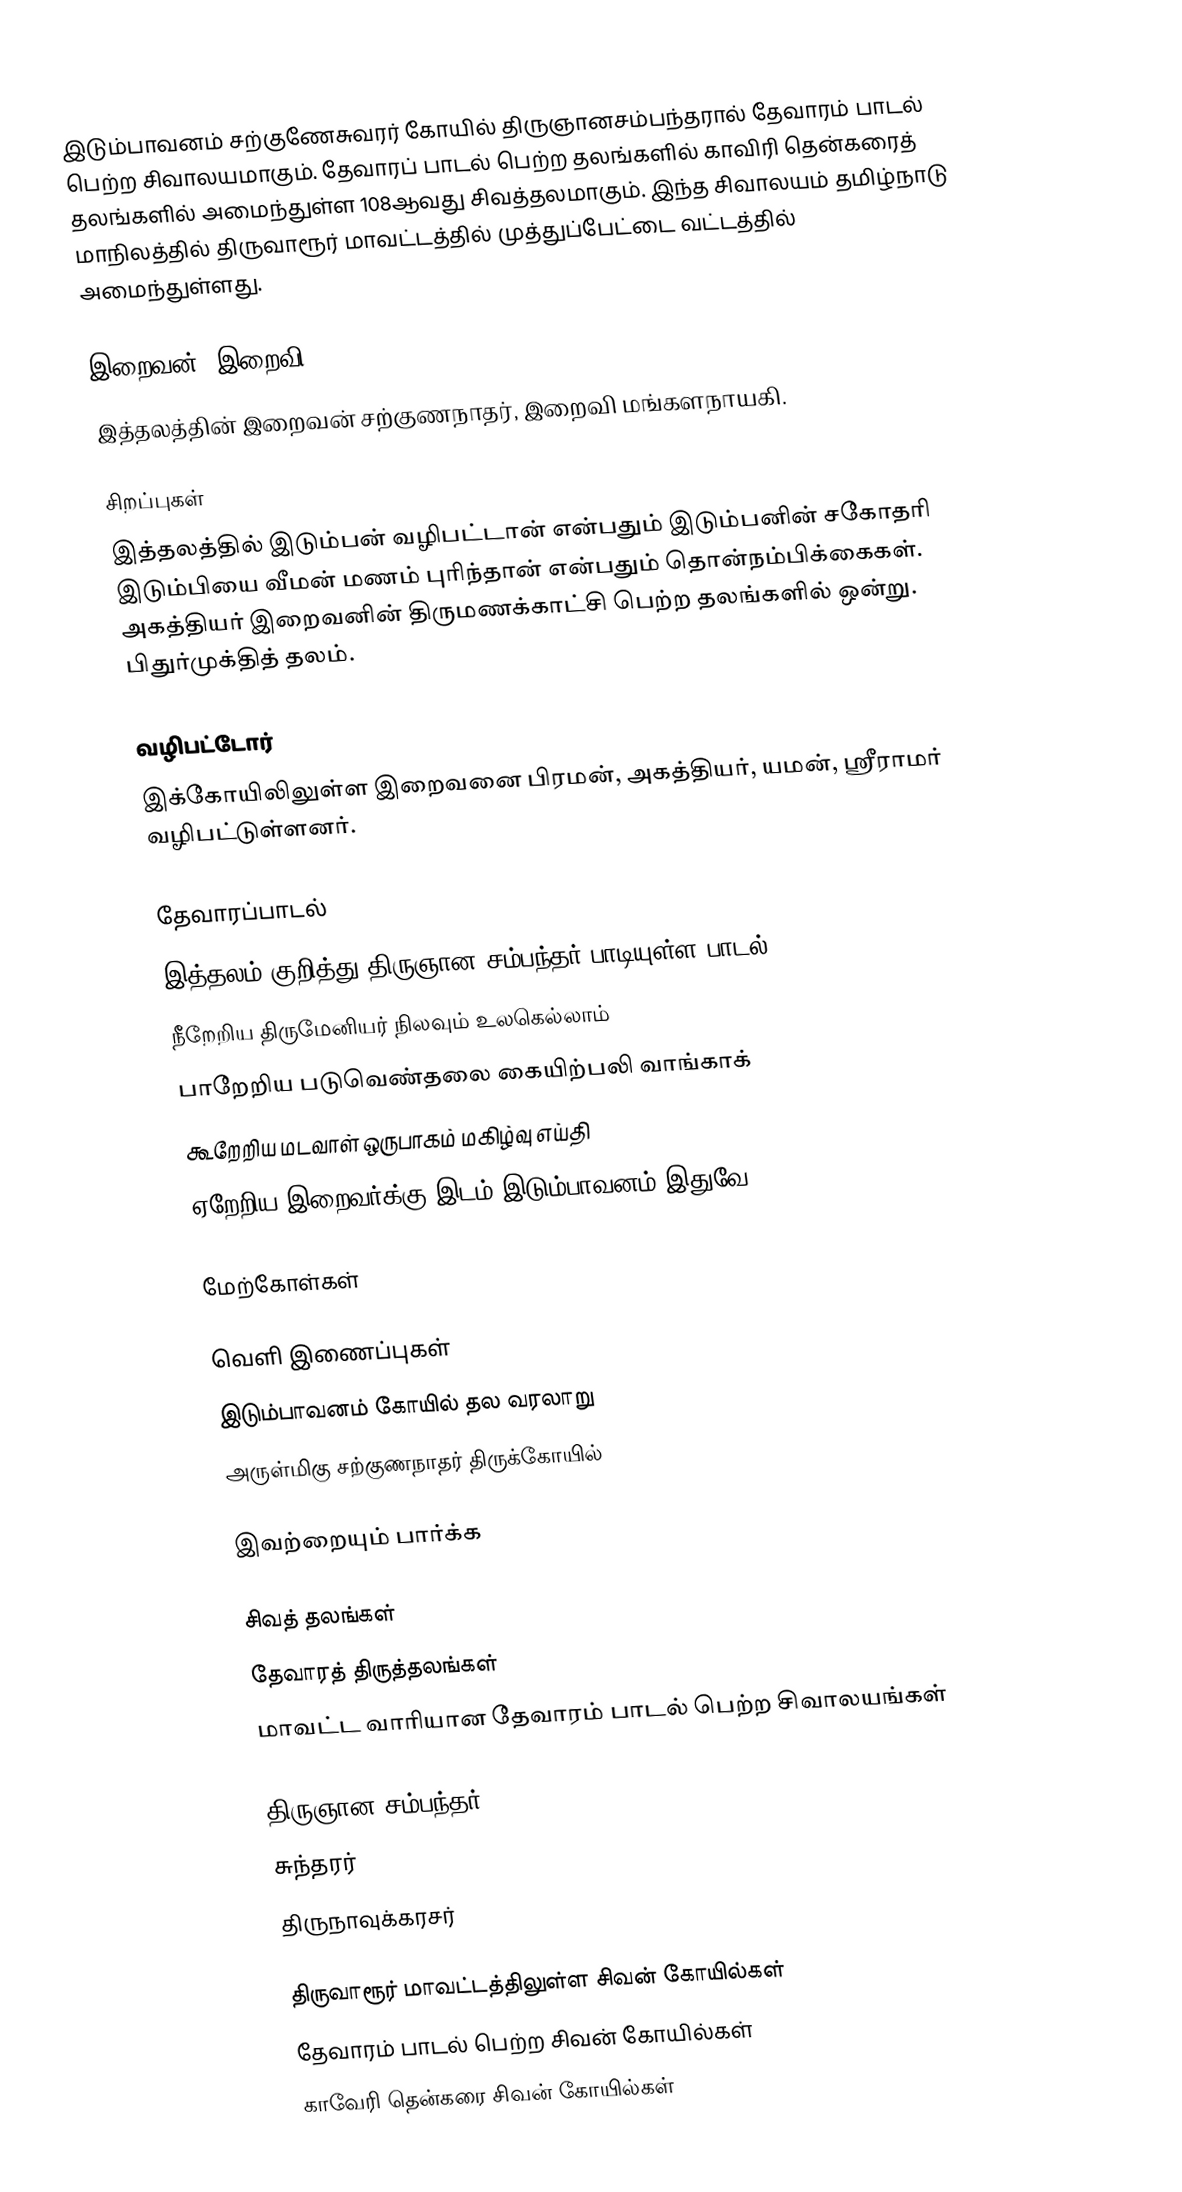
இடும்பாவனம் சற்குணேசுவரர் கோயில் திருஞானசம்பந்தரால் தேவாரம் பாடல் பெற்ற சிவாலயமாகும். தேவாரப் பாடல் பெற்ற தலங்களில் காவிரி தென்கரைத் தலங்களில் அமைந்துள்ள 108ஆவது சிவத்தலமாகும். இந்த சிவாலயம் தமிழ்நாடு மாநிலத்தில் திருவாரூர் மாவட்டத்தில்  முத்துப்பேட்டை வட்டத்தில்   அமைந்துள்ளது.

இறைவன், இறைவி
இத்தலத்தின் இறைவன் சற்குணநாதர், இறைவி மங்களநாயகி.

சிறப்புகள்
இத்தலத்தில் இடும்பன் வழிபட்டான் என்பதும் இடும்பனின் சகோதரி இடும்பியை வீமன் மணம் புரிந்தான் என்பதும் தொன்நம்பிக்கைகள். அகத்தியர் இறைவனின் திருமணக்காட்சி பெற்ற தலங்களில் ஒன்று. பிதுர்முக்தித் தலம்.

வழிபட்டோர்
இக்கோயிலிலுள்ள இறைவனை பிரமன், அகத்தியர், யமன், ஸ்ரீராமர் வழிபட்டுள்ளனர்.

தேவாரப்பாடல்
இத்தலம் குறித்து திருஞான சம்பந்தர் பாடியுள்ள பாடல்:
நீறேறிய திருமேனியர் நிலவும் உலகெல்லாம்
பாறேறிய படுவெண்தலை கையிற்பலி வாங்காக்
கூறேறிய மடவாள் ஒருபாகம் மகிழ்வு எய்தி
ஏறேறிய இறைவர்க்கு இடம் இடும்பாவனம் இதுவே.

மேற்கோள்கள்

வெளி இணைப்புகள்
இடும்பாவனம் கோயில் தல வரலாறு
அருள்மிகு சற்குணநாதர் திருக்கோயில்

இவற்றையும் பார்க்க

 சிவத் தலங்கள்
 தேவாரத் திருத்தலங்கள்
 மாவட்ட வாரியான தேவாரம் பாடல் பெற்ற சிவாலயங்கள்

 திருஞான சம்பந்தர்
 சுந்தரர்
 திருநாவுக்கரசர்

திருவாரூர் மாவட்டத்திலுள்ள சிவன் கோயில்கள்
தேவாரம் பாடல் பெற்ற சிவன் கோயில்கள்
காவேரி தென்கரை சிவன் கோயில்கள்